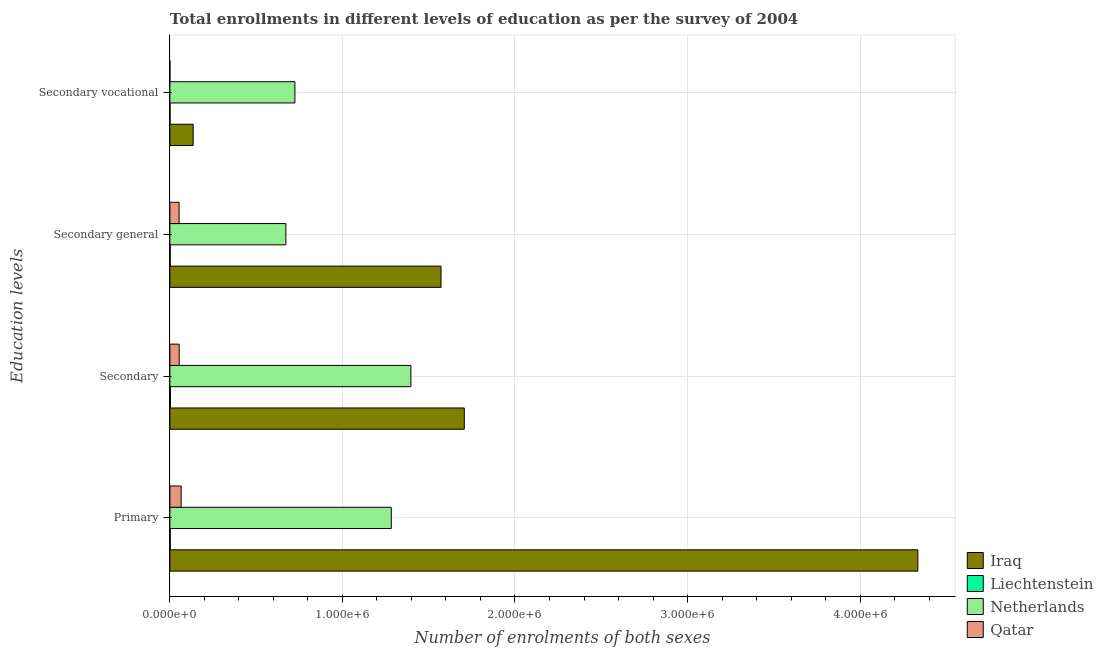
| Education levels | Iraq | Liechtenstein | Netherlands | Qatar |
 | --- | --- | --- | --- | --- |
 | Primary | 4.33e+06 | 2.27e+03 | 1.28e+06 | 6.54e+04 |
 | Secondary | 1.71e+06 | 3.27e+03 | 1.4e+06 | 5.4e+04 |
 | Secondary general | 1.57e+06 | 1.98e+03 | 6.72e+05 | 5.35e+04 |
 | Secondary vocational | 1.35e+05 | 1.17e+03 | 7.25e+05 | 493 |